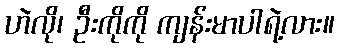
ဟဲလို၊ ဦးကိုကို ကျန်းမာပါရဲ့လား။